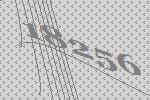
18256